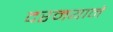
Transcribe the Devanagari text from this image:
दरमयाने